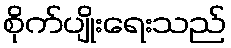
စိုက်ပျိုးရေးသည်